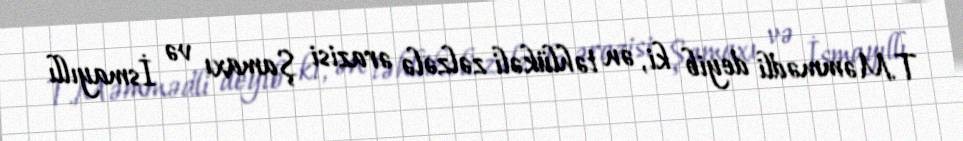
T.Məmmədli deyib ki, ən təhlükəli zəlzələ ərazisi Şamaxı və İsmayıllı